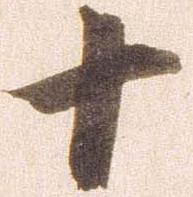
十